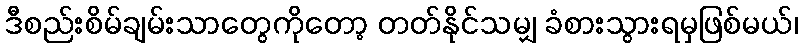
ဒီစည်းစိမ်ချမ်းသာတွေကိုတော့ တတ်နိုင်သမျှ ခံစားသွားရမှဖြစ်မယ်၊